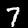
Digit: 7